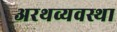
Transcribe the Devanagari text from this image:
अरथव्यवस्था